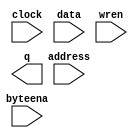
// megafunction wizard: %RAM: 1-PORT%VBB%
// GENERATION: STANDARD
// VERSION: WM1.0
// MODULE: altsyncram 

// ============================================================
// Megafunction Name(s):
// 			altsyncram
//
// Simulation Library Files(s):
// 			altera_mf
// ============================================================
// ************************************************************
// THIS IS A WIZARD-GENERATED FILE. DO NOT EDIT THIS FILE!
//
// 13.0.1 Build 232 06/12/2013 SP 1 SJ Web Edition
// ************************************************************

//Copyright (C) 1991-2013 Altera Corporation
//Your use of Altera Corporation's design tools, logic functions 
//and other software and tools, and its AMPP partner logic 
//functions, and any output files from any of the foregoing 
//(including device programming or simulation files), and any 
//associated documentation or information are expressly subject 
//to the terms and conditions of the Altera Program License 
//Subscription Agreement, Altera MegaCore Function License 
//Agreement, or other applicable license agreement, including, 
//without limitation, that your use is for the sole purpose of 
//programming logic devices manufactured by Altera and sold by 
//Altera or its authorized distributors.  Please refer to the 
//applicable agreement for further details.

module ram (
	address,
	byteena,
	clock,
	data,
	wren,
	q);

	input	[5:0]  address;
	input	[3:0]  byteena;
	input	  clock;
	input	[31:0]  data;
	input	  wren;
	output	[31:0]  q;
`ifndef ALTERA_RESERVED_QIS
// synopsys translate_off
`endif
	tri1	[3:0]  byteena;
	tri1	  clock;
`ifndef ALTERA_RESERVED_QIS
// synopsys translate_on
`endif

endmodule

// ============================================================
// CNX file retrieval info
// ============================================================
// Retrieval info: PRIVATE: ADDRESSSTALL_A NUMERIC "0"
// Retrieval info: PRIVATE: AclrAddr NUMERIC "0"
// Retrieval info: PRIVATE: AclrByte NUMERIC "0"
// Retrieval info: PRIVATE: AclrData NUMERIC "0"
// Retrieval info: PRIVATE: AclrOutput NUMERIC "0"
// Retrieval info: PRIVATE: BYTE_ENABLE NUMERIC "1"
// Retrieval info: PRIVATE: BYTE_SIZE NUMERIC "8"
// Retrieval info: PRIVATE: BlankMemory NUMERIC "1"
// Retrieval info: PRIVATE: CLOCK_ENABLE_INPUT_A NUMERIC "0"
// Retrieval info: PRIVATE: CLOCK_ENABLE_OUTPUT_A NUMERIC "0"
// Retrieval info: PRIVATE: Clken NUMERIC "0"
// Retrieval info: PRIVATE: DataBusSeparated NUMERIC "1"
// Retrieval info: PRIVATE: IMPLEMENT_IN_LES NUMERIC "0"
// Retrieval info: PRIVATE: INIT_FILE_LAYOUT STRING "PORT_A"
// Retrieval info: PRIVATE: INIT_TO_SIM_X NUMERIC "0"
// Retrieval info: PRIVATE: INTENDED_DEVICE_FAMILY STRING "Cyclone III"
// Retrieval info: PRIVATE: JTAG_ENABLED NUMERIC "0"
// Retrieval info: PRIVATE: JTAG_ID STRING "NONE"
// Retrieval info: PRIVATE: MAXIMUM_DEPTH NUMERIC "0"
// Retrieval info: PRIVATE: MIFfilename STRING "../../../riscv-gnu-toolchain/foo.hex"
// Retrieval info: PRIVATE: NUMWORDS_A NUMERIC "64"
// Retrieval info: PRIVATE: RAM_BLOCK_TYPE NUMERIC "0"
// Retrieval info: PRIVATE: READ_DURING_WRITE_MODE_PORT_A NUMERIC "3"
// Retrieval info: PRIVATE: RegAddr NUMERIC "1"
// Retrieval info: PRIVATE: RegData NUMERIC "1"
// Retrieval info: PRIVATE: RegOutput NUMERIC "0"
// Retrieval info: PRIVATE: SYNTH_WRAPPER_GEN_POSTFIX STRING "0"
// Retrieval info: PRIVATE: SingleClock NUMERIC "1"
// Retrieval info: PRIVATE: UseDQRAM NUMERIC "1"
// Retrieval info: PRIVATE: WRCONTROL_ACLR_A NUMERIC "0"
// Retrieval info: PRIVATE: WidthAddr NUMERIC "6"
// Retrieval info: PRIVATE: WidthData NUMERIC "32"
// Retrieval info: PRIVATE: rden NUMERIC "0"
// Retrieval info: LIBRARY: altera_mf altera_mf.altera_mf_components.all
// Retrieval info: CONSTANT: BYTE_SIZE NUMERIC "8"
// Retrieval info: CONSTANT: CLOCK_ENABLE_INPUT_A STRING "BYPASS"
// Retrieval info: CONSTANT: CLOCK_ENABLE_OUTPUT_A STRING "BYPASS"
// Retrieval info: CONSTANT: INTENDED_DEVICE_FAMILY STRING "Cyclone III"
// Retrieval info: CONSTANT: LPM_HINT STRING "ENABLE_RUNTIME_MOD=NO"
// Retrieval info: CONSTANT: LPM_TYPE STRING "altsyncram"
// Retrieval info: CONSTANT: NUMWORDS_A NUMERIC "64"
// Retrieval info: CONSTANT: OPERATION_MODE STRING "SINGLE_PORT"
// Retrieval info: CONSTANT: OUTDATA_ACLR_A STRING "NONE"
// Retrieval info: CONSTANT: OUTDATA_REG_A STRING "UNREGISTERED"
// Retrieval info: CONSTANT: POWER_UP_UNINITIALIZED STRING "FALSE"
// Retrieval info: CONSTANT: READ_DURING_WRITE_MODE_PORT_A STRING "NEW_DATA_NO_NBE_READ"
// Retrieval info: CONSTANT: WIDTHAD_A NUMERIC "6"
// Retrieval info: CONSTANT: WIDTH_A NUMERIC "32"
// Retrieval info: CONSTANT: WIDTH_BYTEENA_A NUMERIC "4"
// Retrieval info: USED_PORT: address 0 0 6 0 INPUT NODEFVAL "address[5..0]"
// Retrieval info: USED_PORT: byteena 0 0 4 0 INPUT VCC "byteena[3..0]"
// Retrieval info: USED_PORT: clock 0 0 0 0 INPUT VCC "clock"
// Retrieval info: USED_PORT: data 0 0 32 0 INPUT NODEFVAL "data[31..0]"
// Retrieval info: USED_PORT: q 0 0 32 0 OUTPUT NODEFVAL "q[31..0]"
// Retrieval info: USED_PORT: wren 0 0 0 0 INPUT NODEFVAL "wren"
// Retrieval info: CONNECT: @address_a 0 0 6 0 address 0 0 6 0
// Retrieval info: CONNECT: @byteena_a 0 0 4 0 byteena 0 0 4 0
// Retrieval info: CONNECT: @clock0 0 0 0 0 clock 0 0 0 0
// Retrieval info: CONNECT: @data_a 0 0 32 0 data 0 0 32 0
// Retrieval info: CONNECT: @wren_a 0 0 0 0 wren 0 0 0 0
// Retrieval info: CONNECT: q 0 0 32 0 @q_a 0 0 32 0
// Retrieval info: GEN_FILE: TYPE_NORMAL ram.v TRUE
// Retrieval info: GEN_FILE: TYPE_NORMAL ram.inc FALSE
// Retrieval info: GEN_FILE: TYPE_NORMAL ram.cmp FALSE
// Retrieval info: GEN_FILE: TYPE_NORMAL ram.bsf FALSE
// Retrieval info: GEN_FILE: TYPE_NORMAL ram_inst.v FALSE
// Retrieval info: GEN_FILE: TYPE_NORMAL ram_bb.v TRUE
// Retrieval info: LIB_FILE: altera_mf